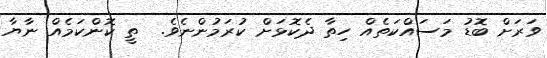
ވަރަށް ބޮޑު މަސައްކަތެއް ހިތާ ދެކޮޅަށް ކުރަމުންނެވެ.  ތީ ކޮންކަމެއް ނާޔާ